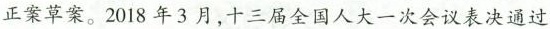
正案草案。2018年3月，十三届全国人大一次会议表决通过